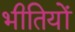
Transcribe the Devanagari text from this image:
भीतियों